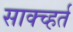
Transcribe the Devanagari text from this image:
साक्च्हर्त